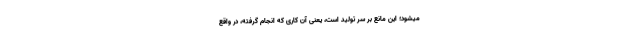
میشود؛ این مانع بر سر تولید است، یعنی آن کاری که انجام گرفته، در واقع